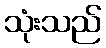
သုံးသည်